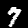
Label: 7